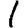
Digit: 1